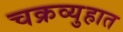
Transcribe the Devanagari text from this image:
चक्रव्युहात